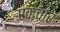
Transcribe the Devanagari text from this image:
एकचार